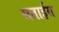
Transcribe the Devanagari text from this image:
सताईस